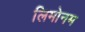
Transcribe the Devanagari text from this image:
लिमोनम